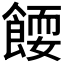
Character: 𬲗